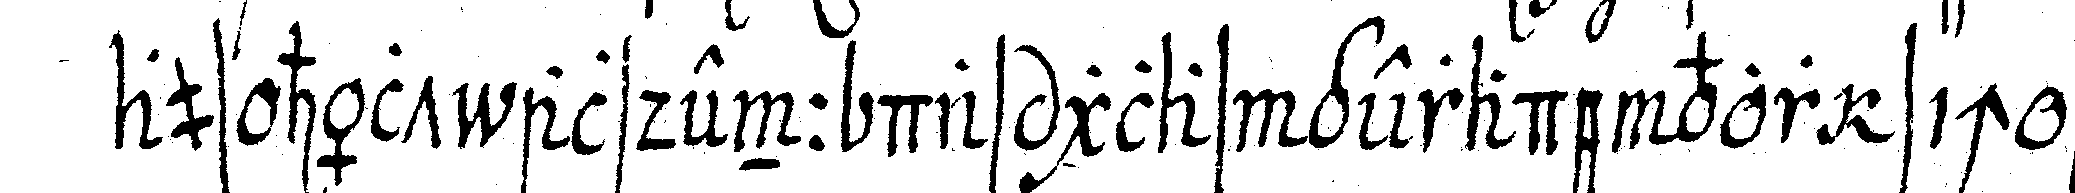
aus hält alsdenn das glas gerade vor sich